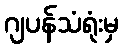
ဂျပန်သံရုံးမှ